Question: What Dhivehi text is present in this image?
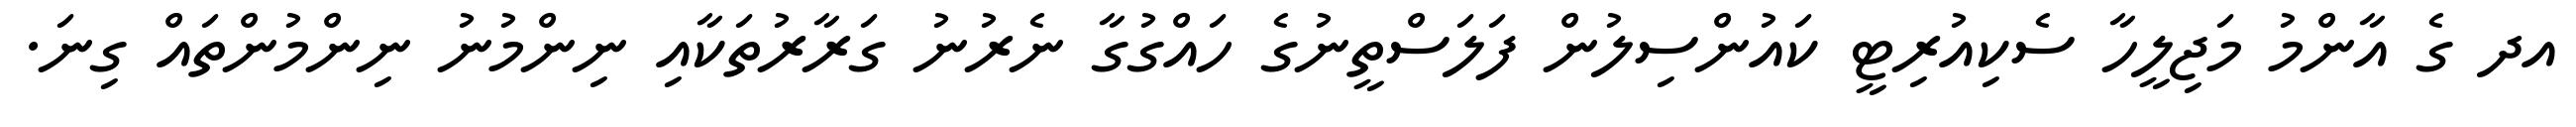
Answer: އދ ގެ އާންމު މަޖިލީހާ ސެކިއުރިޓީ ކައުންސިލުން ފަލަސްތީނުގެ ހައްގުގާ ނެރުނު ގަރާރުތަކާއި ނިންމުނު ނިންމުންތައް ގިނަ.